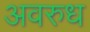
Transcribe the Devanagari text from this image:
अवरुध